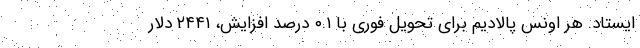
ایستاد. هر اونس پالادیم برای تحویل فوری با ۰.۱ درصد افزایش، ۲۴۴۱ دلار